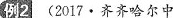
例2(2017·齐齐哈尔中